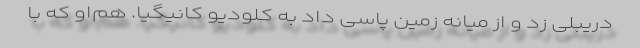
دریبلی زد و از میانه زمین پاسی داد به کلودیو کانیگیا. هم‌او که با